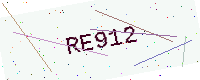
Text: RE912